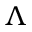
\Lambda